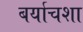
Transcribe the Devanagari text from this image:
बर्याचशा